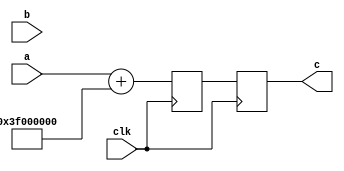

`define Mul 32'b111111000000000000000000000000
//`define CORDIC_1 17'd19896    

module fixedpoint (
  input wire clk,
  input wire [31:0]  a,
  input wire [31:0]  b,
  output reg [31:0] c
  );
  
reg [31:0] d;  

always @(posedge clk)
  begin
    d <= a + `Mul;
    c <= d;
  end

endmodule